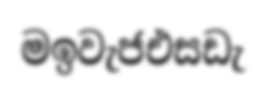
මඉවැජඑසඩැ